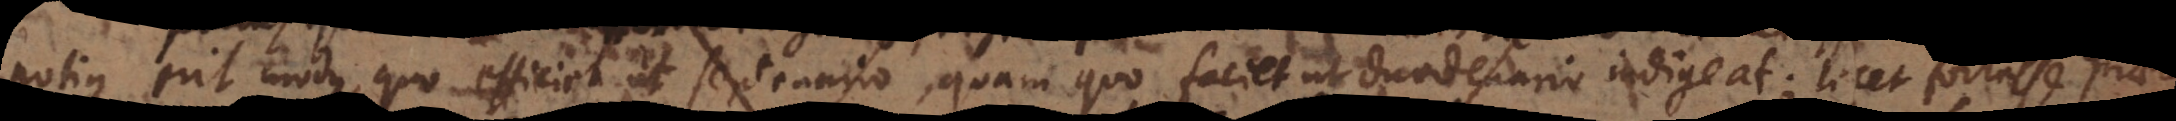
erit modus, quo efficiet ut septenario, quam quo faciet ut duodenario indigeat; licet fortasse praeter